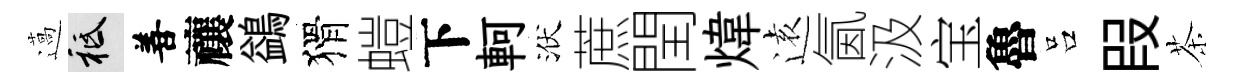
薖祇善禳鷁猾螘下軻洑蔗閏煒逺氤汲宝魯吕叚茶